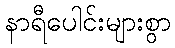
နာရီပေါင်းများစွာ